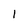
Character: l